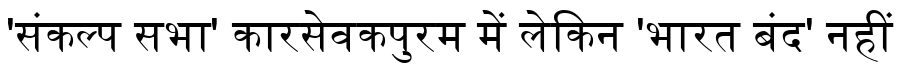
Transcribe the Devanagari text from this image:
'संकल्प सभा' कारसेवकपुरम में लेकिन 'भारत बंद' नहीं